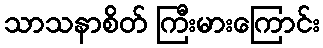
သာသနာစိတ် ကြီးမားကြောင်း